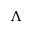
\Lambda